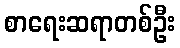
စာရေးဆရာတစ်ဦး